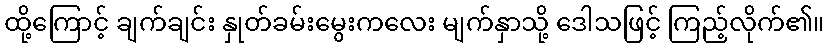
ထို့ကြောင့် ချက်ချင်း နှုတ်ခမ်းမွေးကလေး မျက်နှာသို့ ဒေါသဖြင့် ကြည့်လိုက်၏။